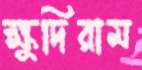
ক্ষুদিরাম